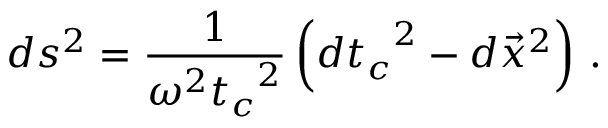
d s ^ { 2 } = \frac { 1 } { \omega ^ { 2 } { t _ { c } } ^ { 2 } } \left( { d t _ { c } } ^ { 2 } - d \vec { x } ^ { 2 } \right) \, .